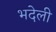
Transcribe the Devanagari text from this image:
भदेली